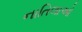
નાતિલાઓ